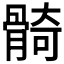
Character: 𩩛